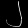
Digit: ၂